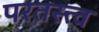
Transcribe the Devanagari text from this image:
परतस्त्त्व